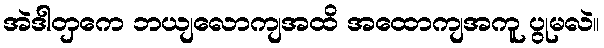
အဲဒါတှကေ ဘယျလောကျအထိ အထောကျအကူ ပွုမလဲ။